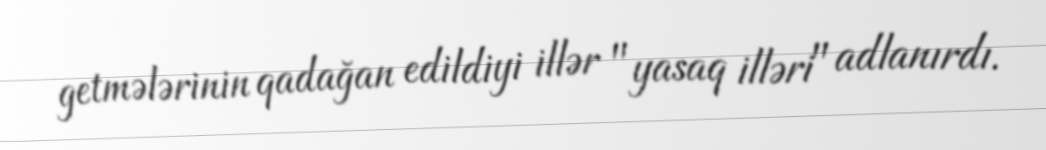
getmələrinin qadağan edildiyi illər "yasaq illəri" adlanırdı.